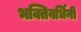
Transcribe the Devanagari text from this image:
भक्तिवर्धिनी